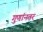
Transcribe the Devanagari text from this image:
गुणांनतर